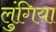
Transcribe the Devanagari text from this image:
लुंगिया